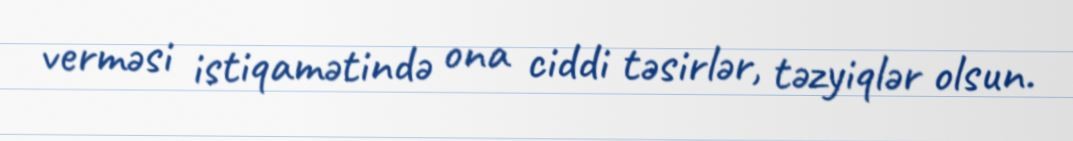
verməsi istiqamətində ona ciddi təsirlər, təzyiqlər olsun.